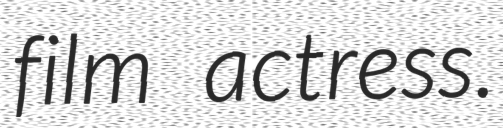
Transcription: film actress.